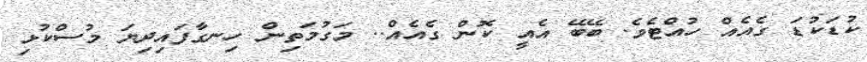
ކުޑަކުޑަ ގެއެއް ހުއްޓެވެ. ބޭބޭ އެއީ ކޮން ގެއެއް.. މަގުމަތިން ހިނގާފައިދިޔަ މުސްކުޅި